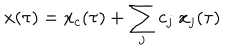
LaTeX: x ( \tau ) = x _ { c } ( \tau ) + \sum _ { j } c _ { j } \ x _ { j } ( \tau )